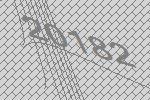
20182